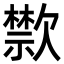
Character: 㱈